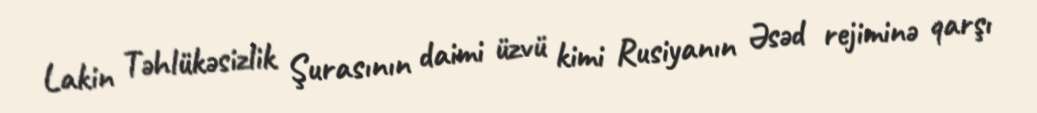
Lakin Təhlükəsizlik Şurasının daimi üzvü kimi Rusiyanın Əsəd rejiminə qarşı